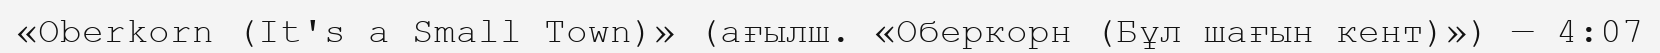
«Oberkorn (It's a Small Town)» (ағылш. «Оберкорн (Бұл шағын кент)») — 4:07